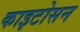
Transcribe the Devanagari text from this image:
काइटोसन